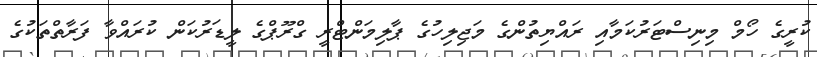
ކުރީގެ ހޯމް މިނިސްޓަރުކަމާއި ރައްޔިތުންގެ މަޖިލިހުގެ ޕާލިމަންޓްރީ ގްރޫޕްގެ ލީޑަރުކަން ކުރައްވާ ފަރާތްތަކުގެ